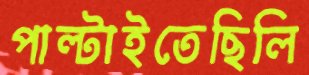
পাল্‌টাইতেছিলি